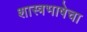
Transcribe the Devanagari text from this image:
शास्त्रभाषेचा